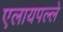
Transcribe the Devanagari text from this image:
एलायपल्ले